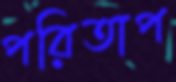
পরিতাপ